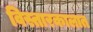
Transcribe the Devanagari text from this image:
विस्तारकालात